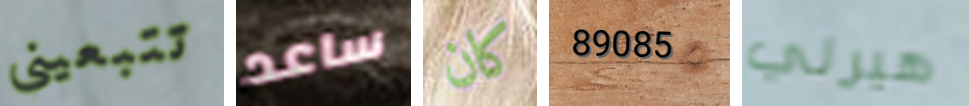
تتبعيني ساعد كان 89085 هيرلي